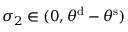
\sigma _ { 2 } \in ( 0 , \theta ^ { \mathrm { d } } - \theta ^ { \mathrm { s } } )